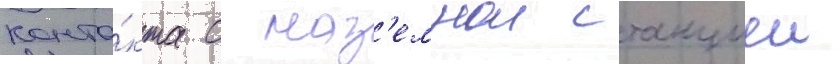
конта́кта с наз'емнои станциеи